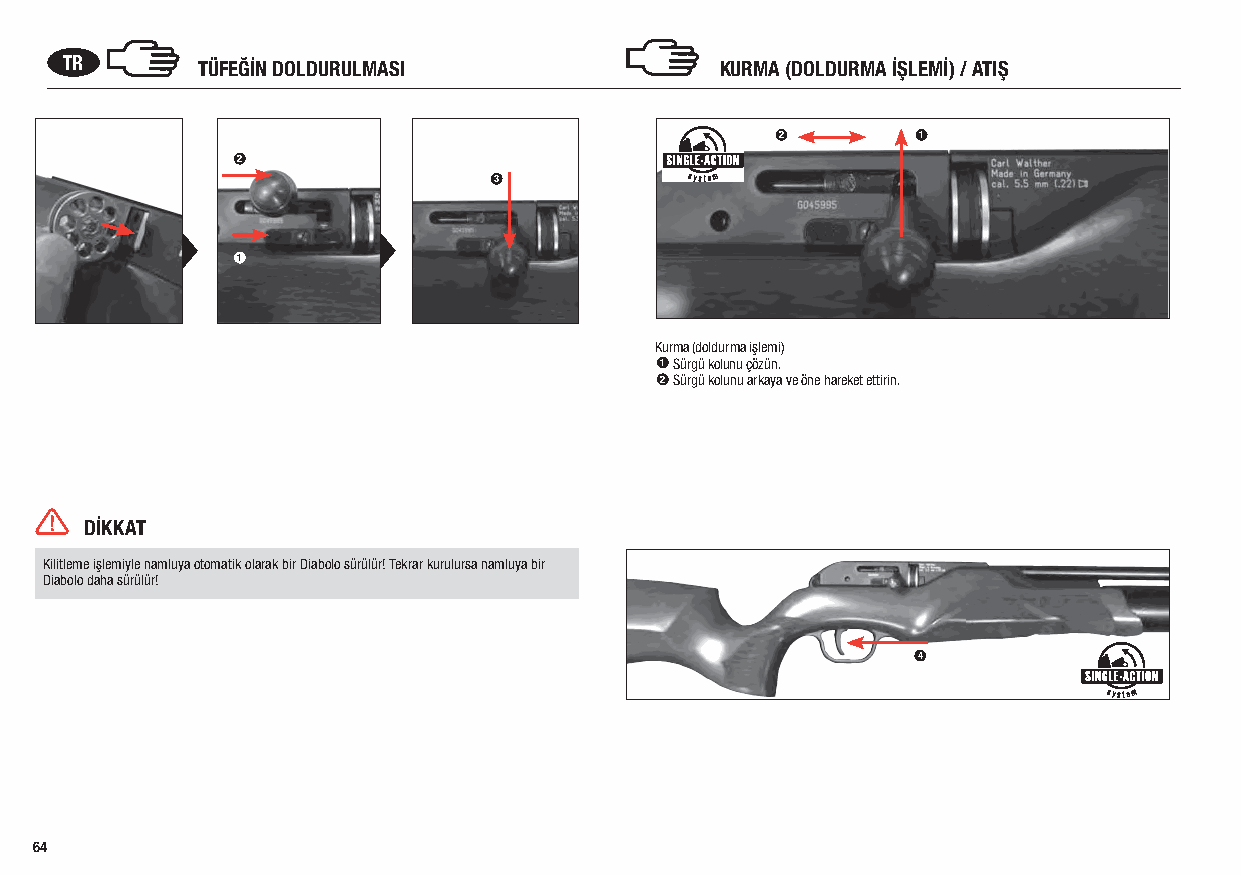
TR       TÜFEĞİN DOLDURULMASI               KURMA (DOLDURMA İŞLEMİ) / ATIŞ
 2        1
 2
 3
 1
 Kurma (doldurma işlemi)
 1 Sürgü kolunu çözün.
 2 Sürgü kolunu arkaya ve öne hareket ettirin.
 DİKKAT
 Kilitleme işlemiyle namluya otomatik olarak bir Diabolo sürülür! Tekrar kurulursa namluya bir
 Diabolo daha sürülür!
 4
 64